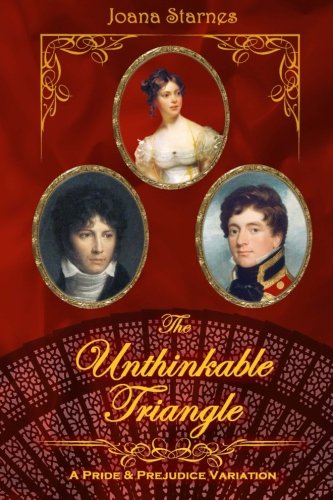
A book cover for The Unthinkable Triangle: ~ A Pride and Prejudice Variation ~; Joana Starnes; Romance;